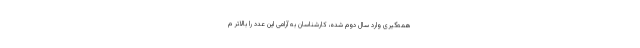
همه‌گیری وارد سال دوم شده، کارشناسان به آرامی این عدد را بالاتر م